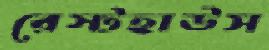
রেস্টহাউস